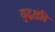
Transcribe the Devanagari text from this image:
युद्धक्षति